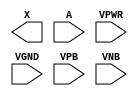
module sky130_fd_sc_lp__clkbuflp (
    X   ,
    A   ,
    VPWR,
    VGND,
    VPB ,
    VNB
);

    output X   ;
    input  A   ;
    input  VPWR;
    input  VGND;
    input  VPB ;
    input  VNB ;
endmodule